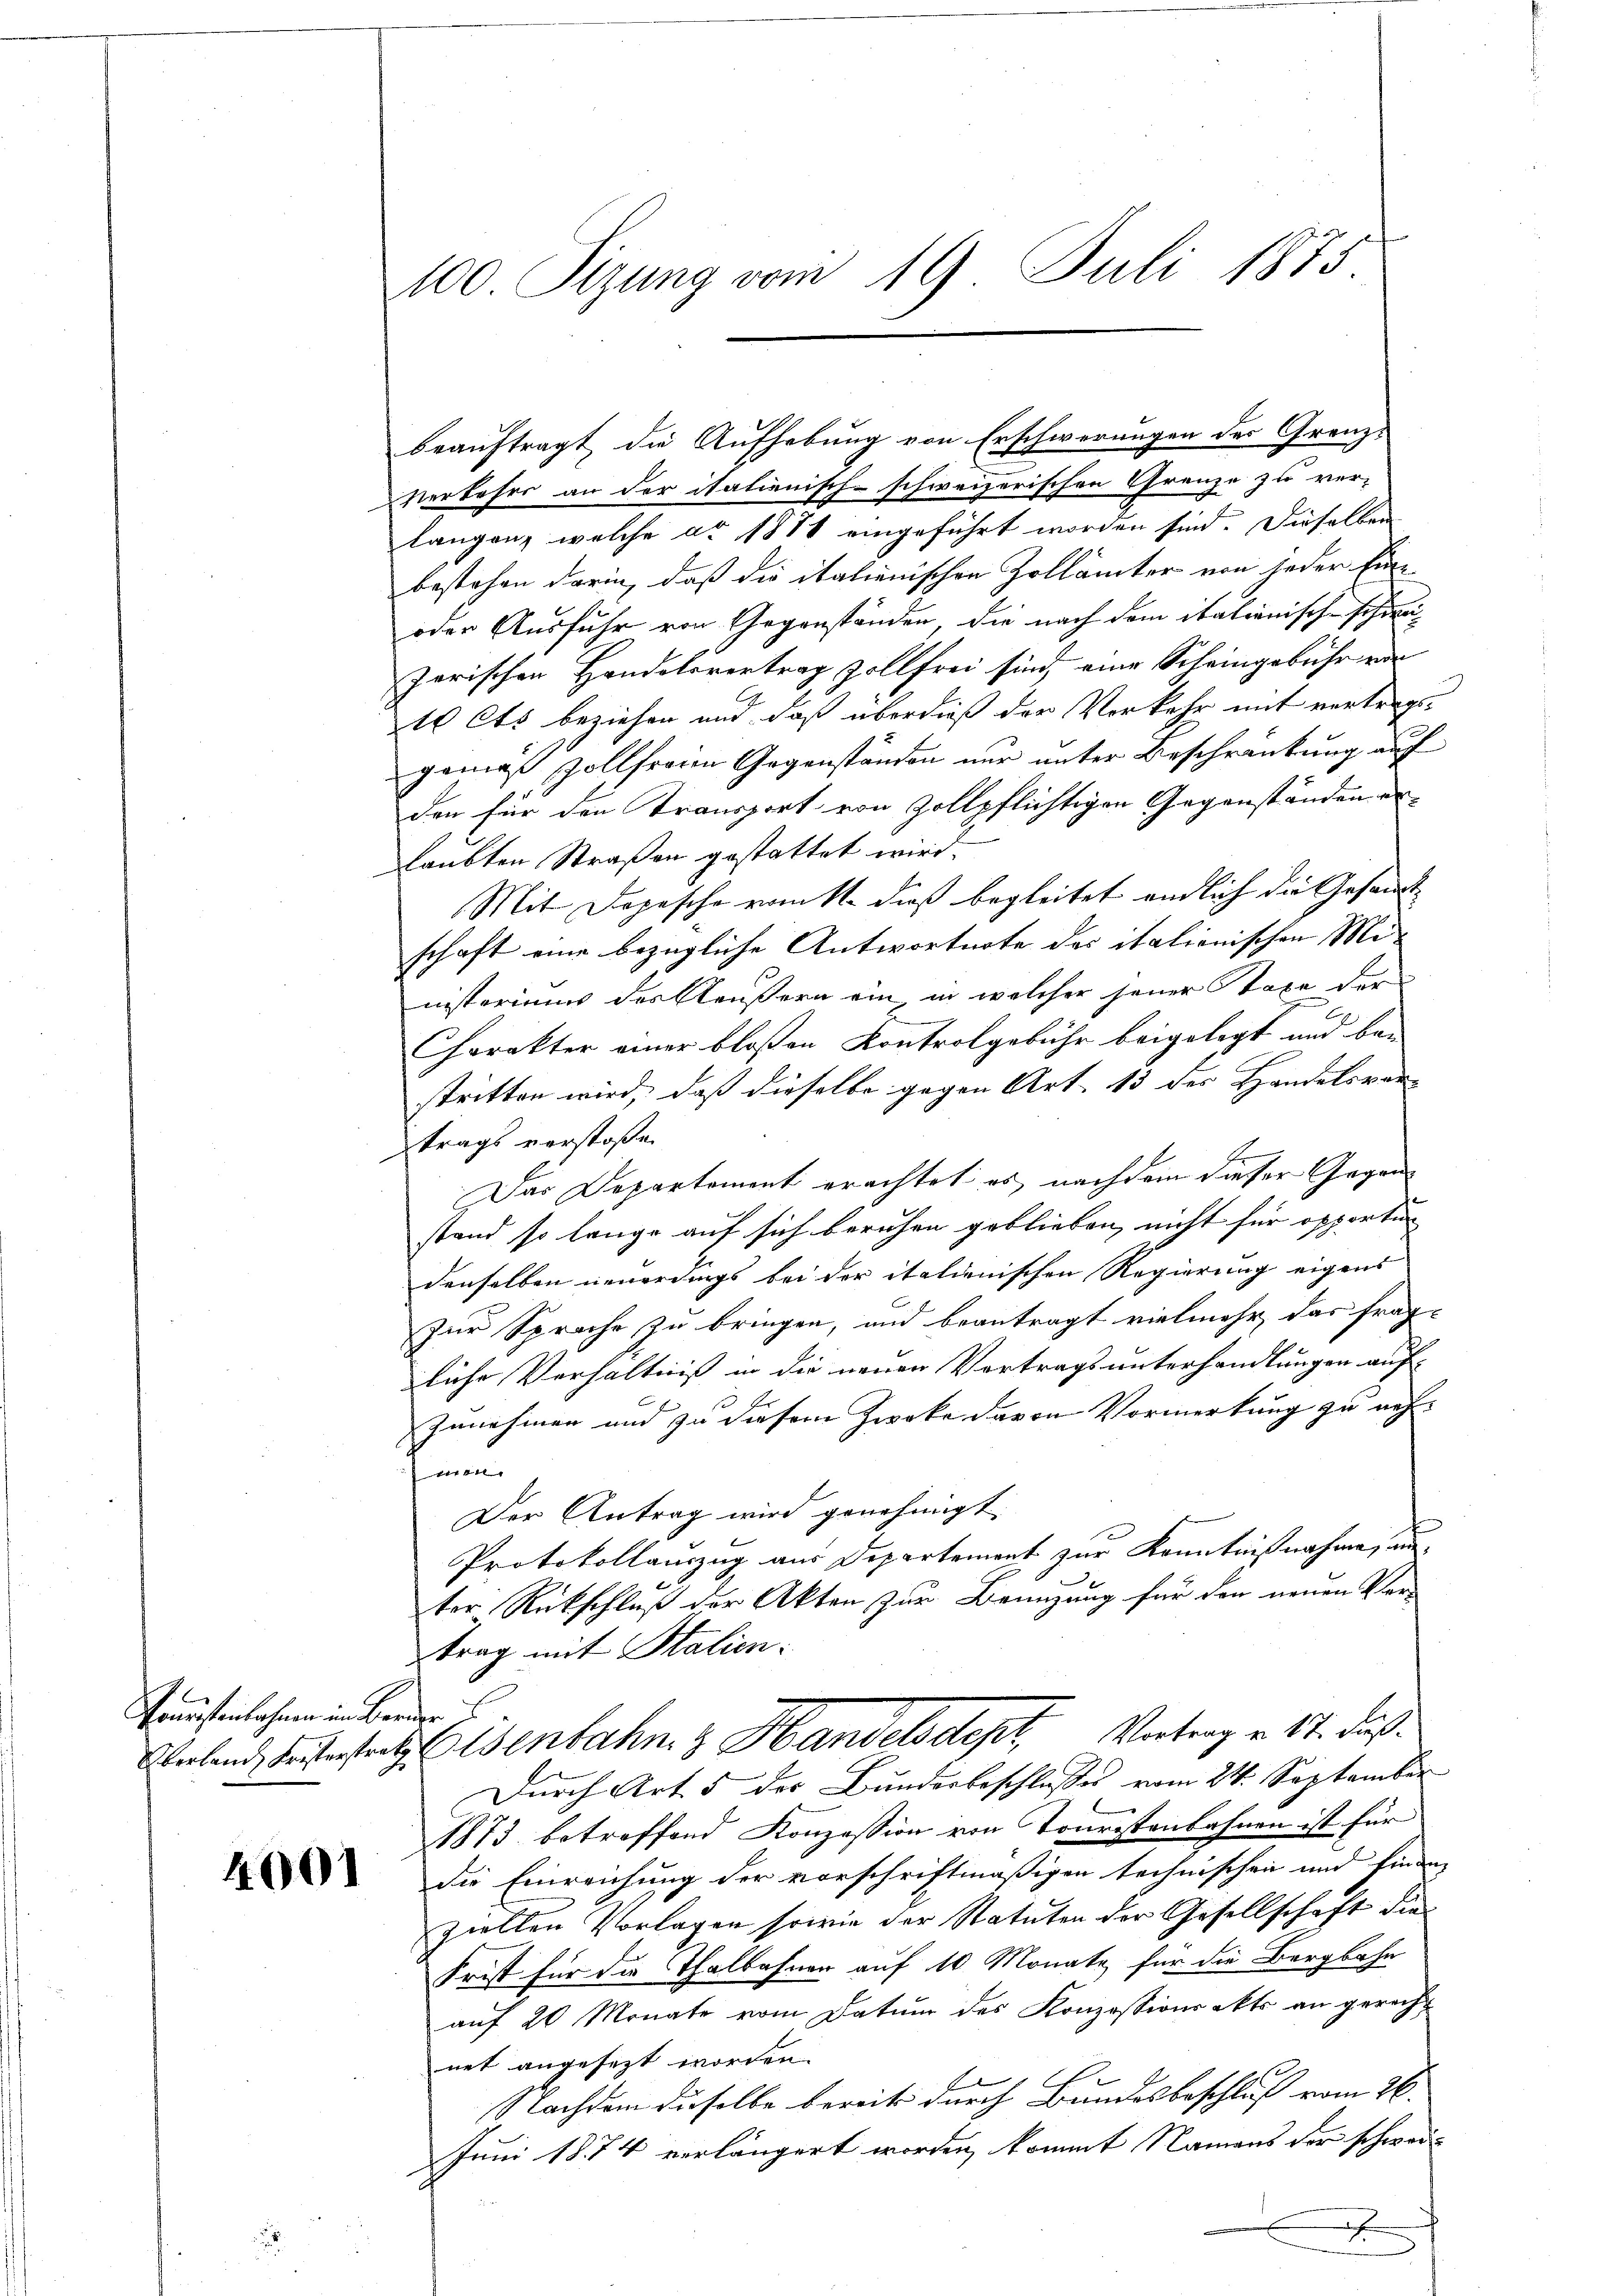
.
Vorrestenbahnen im Berner

4001

100. Sizung vom 19. Juli 1875.

beauftragt die Aufhebung von Erschwerungen des Granz¬
Verkehrs an der italienisch-schweizerischen Grenze zu ver-
langen, welche er 1881 eingeführt worden sind. Dieselben
bestehen darin, daß die italienischen Zollämter von jeder Ein¬
oder Ausfuhr von Gegenständen, die nach dem italienische schreizerischen Handelsvertrag vollfrei sind, eine Scheingebühr von
10 Cts beziehen und daß überdieß der Vorkehr mit vertraggemäß Zollfreien Gegenständen nur unter Beschränkung auf
den für den Transport von Zollpflichtigen Gegenständen erlaubten Straßen gestattet wird.
Mit Dojesche vom k. dieß begleitet endlich die Gesandtschaft eine bezügliche Antwortuote des italienischen Ministeriums des Aeußern ein, in welcher jener Staxe der
Charakter einer bloßen Kontrolgebühr beigelegt und be-
stritten wird, daß dieselbe gegen Art. 13 des Handelsver-
trags verstoßen
Das Departement erachtet es nachdem dieser Gegenstand so lange auf sich beruhen geblieben, nicht für opporti
denselben neuerdings bei der italienischen Regierung eigens
Zur Sprache zu bringen, und beantragt vielmehr, das frag-
liche Verhältnis in die neuen Vortrags unterhandlungen auf-
Zunehmen und zu diesem Zwecke davon Vormerkung zu auf- |
men.
Der Antrag wird genehmigt.
Protokollanzug aus Departement zur Kenntnißnahme, au
ter Rückschluß der Akten zur Bemühung für den neuen Ver-
trag mit Salien.
Geland, beiterstrat Eisenbahn & Handelsdept, Vortrag v. 17. Fuß.
Durch Art. 5 des Bundesbeschlusses vom 24. September
1873 betreffend Konzession von Touristenbahnen ist für
die Einreichung der vorschriftmäßigen technischen und Einen |
ziellen Vorlagen sowie der Statuten der Gesellschaft die
Frist für die Thalbahnen auf 10 Monate, für die Bergbahn
auf 20 Monate vom Datum des Konzessionsakts an gerecht
net angesezt worden.
f
Nachdem dieselbe bereits durch Bundesbeschluß vom 26.
Juni 1874 verlängert worden, kommt Namens der schweid
.